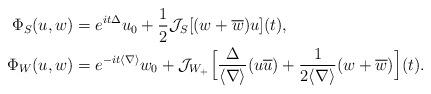
LaTeX: \begin{align*}\Phi_S(u,w) &= e^{it\Delta} u_0 + \frac{1}{2} \mathcal{J}_S[(w + \overline{w})u](t),\\\Phi_{W}(u,w) &= e^{-it \langle \nabla \rangle} w_0 + \mathcal{J}_{W_{+}} \Bigl[\frac{\Delta}{\langle \nabla \rangle} (u \overline{u}) + \frac{1}{2 \langle \nabla \rangle} (w + \overline{w}) \Bigr](t).\end{align*}